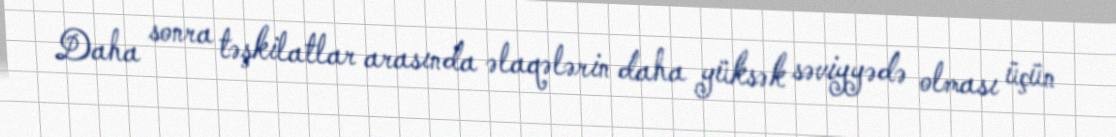
Daha sonra təşkilatlar arasında əlaqələrin daha yüksək səviyyədə olması üçün